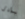
يؤدى